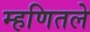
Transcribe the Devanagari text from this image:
म्हणितले